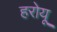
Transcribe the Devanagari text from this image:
हरोयू